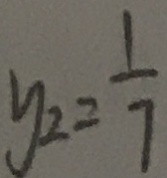
y _ { 2 } = \frac { 1 } { 7 }